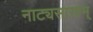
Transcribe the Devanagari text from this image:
नाट्यसास्त्रम्